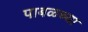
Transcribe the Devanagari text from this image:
पाबळच्या